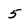
Character: 5